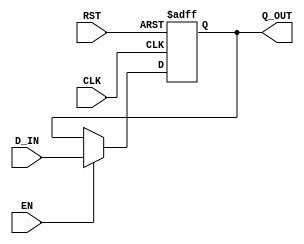

// Copyright (c) 2000-2012 Bluespec, Inc.

// Permission is hereby granted, free of charge, to any person obtaining a copy
// of this software and associated documentation files (the "Software"), to deal
// in the Software without restriction, including without limitation the rights
// to use, copy, modify, merge, publish, distribute, sublicense, and/or sell
// copies of the Software, and to permit persons to whom the Software is
// furnished to do so, subject to the following conditions:

// The above copyright notice and this permission notice shall be included in
// all copies or substantial portions of the Software.

// THE SOFTWARE IS PROVIDED "AS IS", WITHOUT WARRANTY OF ANY KIND, EXPRESS OR
// IMPLIED, INCLUDING BUT NOT LIMITED TO THE WARRANTIES OF MERCHANTABILITY,
// FITNESS FOR A PARTICULAR PURPOSE AND NONINFRINGEMENT. IN NO EVENT SHALL THE
// AUTHORS OR COPYRIGHT HOLDERS BE LIABLE FOR ANY CLAIM, DAMAGES OR OTHER
// LIABILITY, WHETHER IN AN ACTION OF CONTRACT, TORT OR OTHERWISE, ARISING FROM,
// OUT OF OR IN CONNECTION WITH THE SOFTWARE OR THE USE OR OTHER DEALINGS IN
// THE SOFTWARE.
//
// $Revision: 29441 $
// $Date: 2012-08-27 21:58:03 +0000 (Mon, 27 Aug 2012) $

`ifdef BSV_ASSIGNMENT_DELAY
`else
  `define BSV_ASSIGNMENT_DELAY
`endif

`ifdef BSV_POSITIVE_RESET
  `define BSV_RESET_VALUE 1'b1
  `define BSV_RESET_EDGE posedge
`else
  `define BSV_RESET_VALUE 1'b0
  `define BSV_RESET_EDGE negedge
`endif


// Standard register with asynchronous reset
module RegAligned(CLK, RST, Q_OUT, D_IN, EN);

   parameter width = 1;
   parameter init = { width {1'b0}} ;

   input     CLK;
   input     RST;
   input     EN;
   input [width - 1 : 0] D_IN;
   output [width - 1 : 0] Q_OUT;

   reg [width - 1 : 0]    Q_OUT;

   always@(posedge CLK or `BSV_RESET_EDGE RST) begin
      if (RST == `BSV_RESET_VALUE)
        Q_OUT <= `BSV_ASSIGNMENT_DELAY init;
      else
        begin
           if (EN)
             Q_OUT <= `BSV_ASSIGNMENT_DELAY D_IN;
        end
   end // always@ (posedge CLK or `BSV_RESET_EDGE RST)


`ifdef BSV_NO_INITIAL_BLOCKS
`else // not BSV_NO_INITIAL_BLOCKS
   // synopsys translate_off
   initial begin
      Q_OUT = {((width + 1)/2){2'b10}} ;
   end
   // synopsys translate_on
`endif // BSV_NO_INITIAL_BLOCKS

endmodule